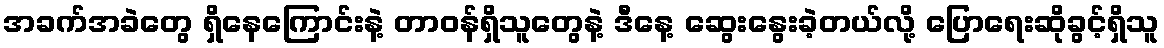
အခက်အခဲတွေ ရှိနေကြောင်းနဲ့ တာဝန်ရှိသူတွေနဲ့ ဒီနေ့ ဆွေးနွေးခဲ့တယ်လို့ ပြောရေးဆိုခွင့်ရှိသူ